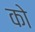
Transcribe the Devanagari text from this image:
को